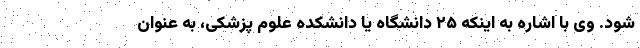
شود. وی با اشاره به اینکه ۲۵ دانشگاه یا دانشکده علوم پزشکی، به عنوان